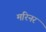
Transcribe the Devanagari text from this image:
मरिनर